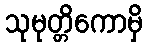
သုမုတ္တိကောမှိ